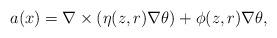
LaTeX: \begin{align*}a(x)=\nabla \times (\eta(z,r)\nabla \theta)+\phi(z,r)\nabla \theta,\end{align*}